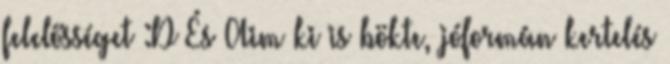
felelősséget :D És Aim ki is bökte, jóformán kertelés